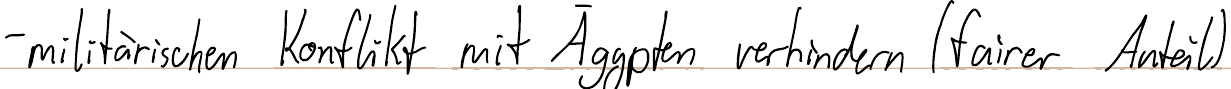
- militärischen Konflikt mit Ägypten verhindern (fairer Anteil)